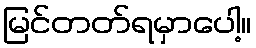
မြင်တတ်ရမှာပေါ့။